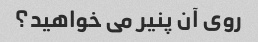
روی آن پنیر می خواهید؟